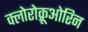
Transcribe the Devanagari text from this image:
क्लोरोक्रूओरिन